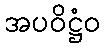
အပဝိဋ္ဌံဝ